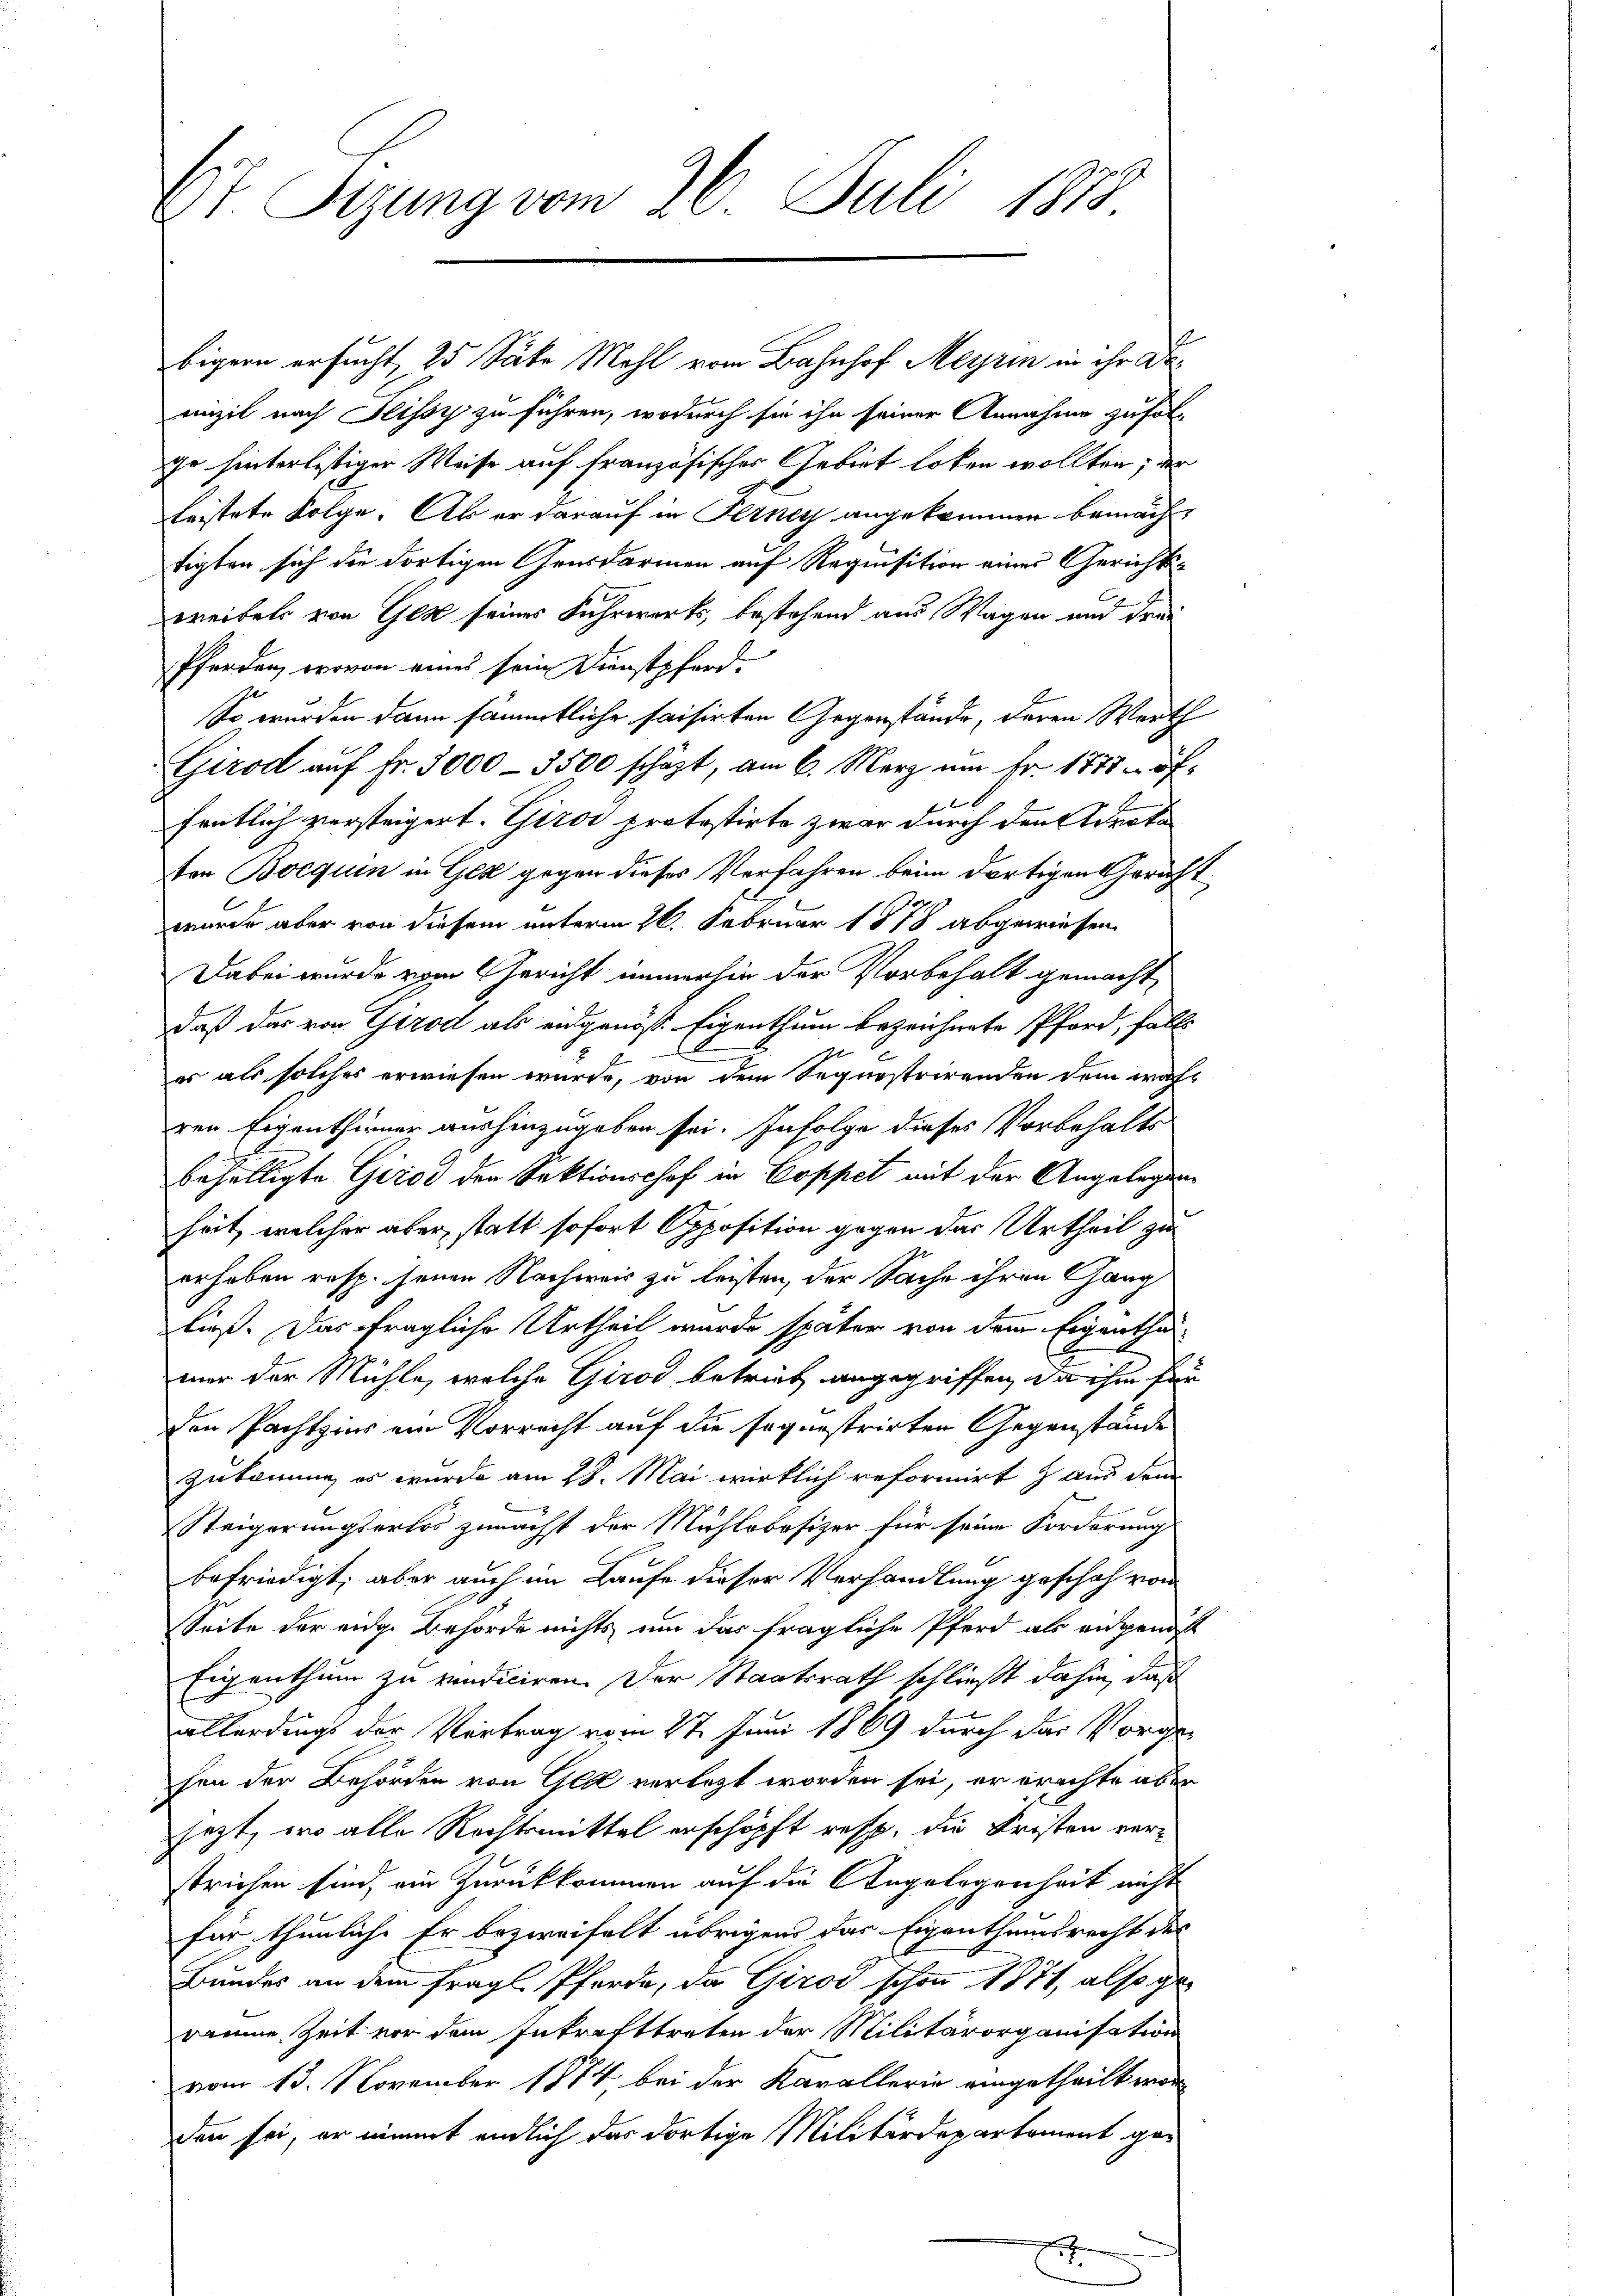
E Sizung vom 26. Juli 1878

bigern ersucht, 25 Säke Mahl vom Bahnhof Meyrin in ihr Demizil nach Tissy zu führen, wodurch sie ihn seiner Annahme zufolge hinterlistiger Weise auf französisches Gebiet loben wollten, der
leistete Folge. Ab er darauf in Ferner angekommen bemächtigten sich die dortigen Gensdarmen auf Requisition eines Gerichtsweibet von Ger seines Fuhrwerts, bestehend aus Wagen und drei
Pferden, wovon eines sein Dienstpferd-
So wurden dann sämmtliche saisirten Gegenstände, deren Werth
Girod auf Fr. 3000 - 3500 schäzt, am 6. März um Fr. 1777 n öff
fentlich versteigert. Giroi protestirte zwar durch den Adente
ten Bocquin in Gez gegen dieses Verfahren beim dortigen Gericht
wurde aber von diesem unterm 26. Februar 1878 abgewiesen
Dabei wurde vom Gericht immerhin der Vorbehalt gemacht,
daß das von Girod als eidgenöß Eigenthum bezeichnete Pford, falls

es als solches erwiesen wurde, von dem Segnostrirenden dem wahgen Eigenthurner aushinzugeben sei. Infolge dieses Vorbehalte
behelligte Girod der Sektionsshof in Coppet mit der Angelegen
heit, welcher aber statt sofort Opposition gegen der Urtheil zu
erhaben resp. jenen Nachweis zu leisten, der Sache ihren Gang
ließ. Das fragliche Urtheil wurde später von dem Eigenthalmer der Mühle, welche Girod betrieb angegriffen, da ihm für
den Pachtzins ein Vorrecht auf die seguestrirten Gegenstände
zukomme, es wurde am 28. Mai wirklich reformirt & aus dem
Steigerungserlös zunächst der Mühlebesizer für seine Forderung
befriedigt, aber auch im Laufe dieser Verhandlung geschah von
Seite der eidge Behörde nichts um das fragliche Pferd als eidgenöß
Eigenthum zu vendiciren. Der Staatsrath schließt dahin, daß
allerdings der Vortrag vom 27. Juni 1869 durch das Vorge-
hen der Behörden von Geld verletzt worden sei, er erachte aber
sezt, wo alle Rechtsmittel erschöpft resp. die Fristen verstrichen sind, ein Zurückkommen auf die Angelegenheit nicht
für thunliche Er bezweifelt übrigens das Eigenthumsrecht des
Bundes an dem fragl. Pferde, da Girod schon 1871, also geraume Zeit vor dem Inkrafttreten der Militärorganisation
vom 13. November 1874 bei der Karallerie eingetheilt worden sei, er nimmt endlich das dortige Militärdepartement ge¬